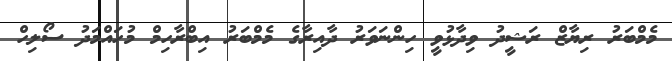
މެމްބަރު ރިޔާޒް ރަޝީދު ވިދާޅުވީ ހިންނަވަރު ދާއިރާގެ މެމްބަރު އިބްރާހިމް މުހައްމަދު ސޯލިހް